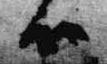
候